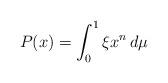
LaTeX: \begin{align*}P(x) = \int_0^1 \xi x^n\,d\mu\end{align*}